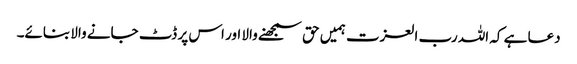
دعا ہے کہ اللہ رب العزت ہمیں حق سمجھنے والا اور اس پر ڈٹ جانے والا بنائے۔